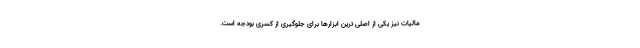
مالیات نیز یکی از اصلی ترین ابزارها برای جلوگیری از کسری بودجه است.